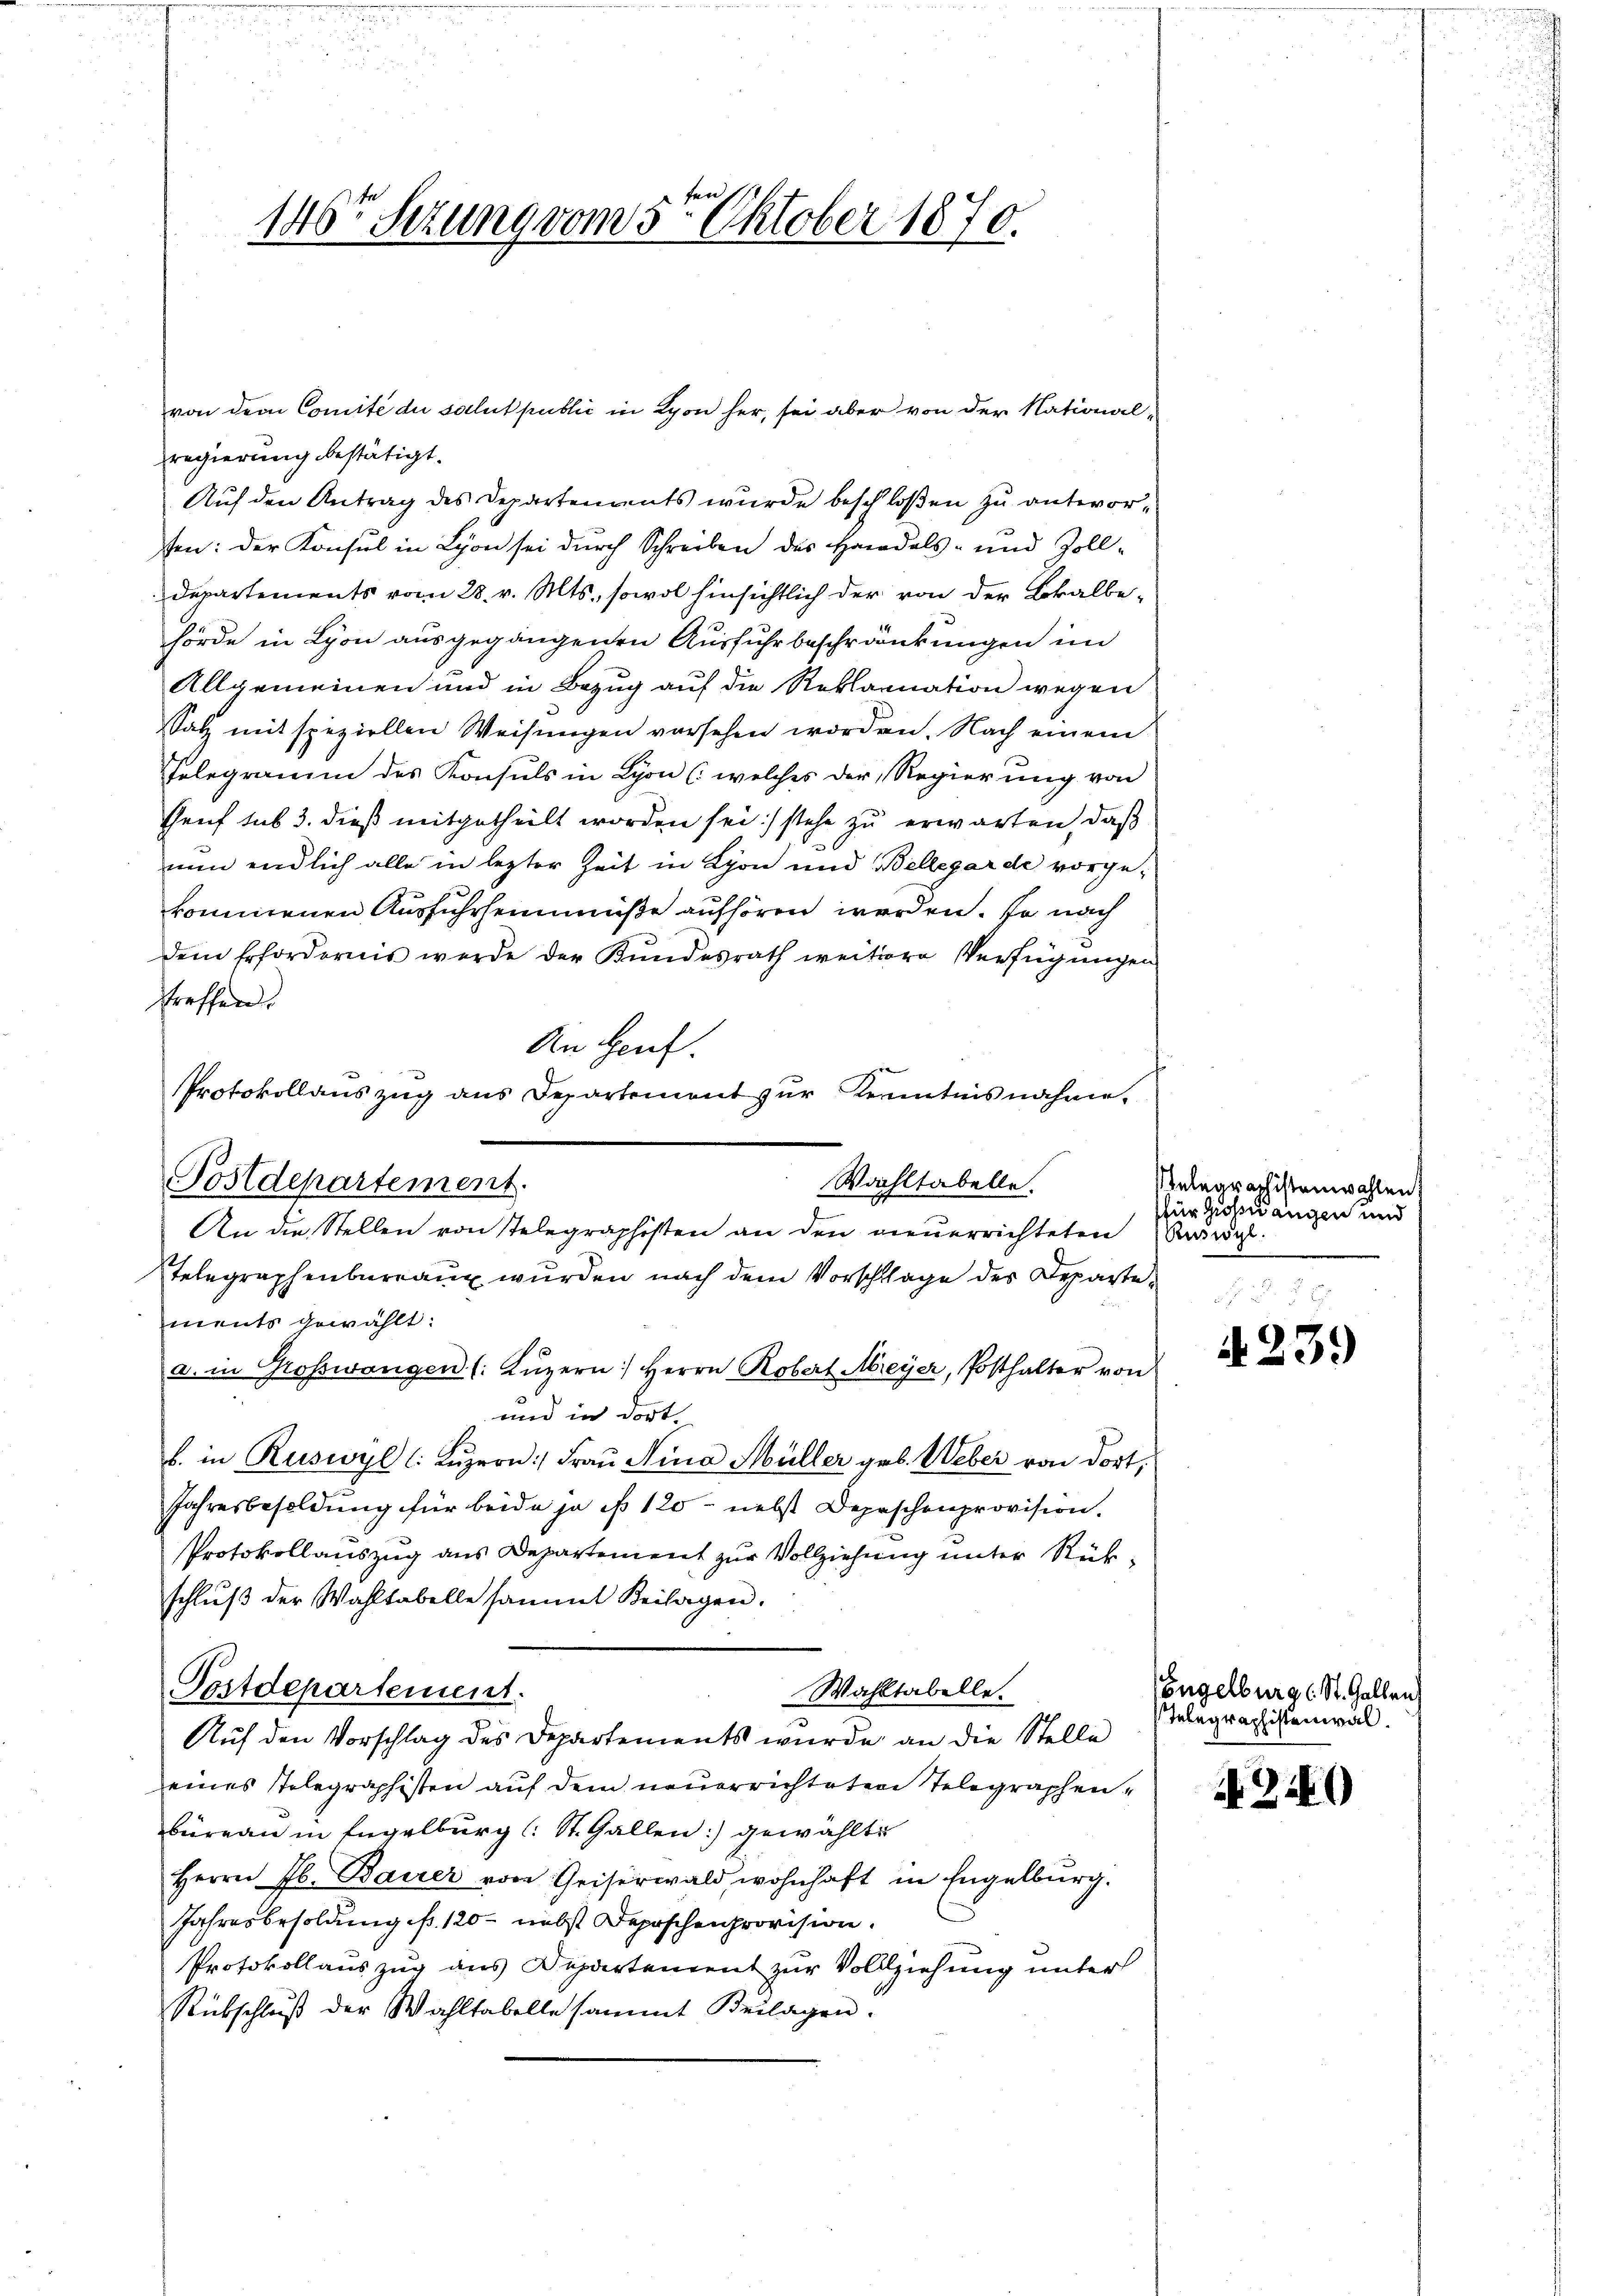
regierung bestätigt.
Auf den Antrag des Departements wurde beschloßen zu antworen: der Konsul in Lyon sei durch Schreiben des Handels- und Zoll¬
Departements vom 28. v. Mts., sowol hinsichtlich der von der Lokalbehörde in Lyon ausgegangenen Ausfuhr beschränkungen im
Allgemeinen und in Bezug auf die Reklamation wegen
Satz mit speziellen Weisungen vorsehen worden. Nach einem
Telegramm des Konsuls in Lyon (welches der Regierung von
Genf sub 3. dieß mitgetheilt worden sei) stehe zu erwarten, daß
nun endlich alle in lezter Zeit in Lyon und Bellegarde vorge-
kommenen Ausfuhrheimmüße aufhören werden. Je nach
dem Erfordernis werde der Kundesrath weitere Verfügungen
treffen.
An Heut
Telegraphenbureaux wurden nach dem Vorschlage des Departements gewählt:
a. in Grosswangen (: Lŭzern) Herrn Robert Meyer, Posthalter von
und in dort
b. in Ruswyl (Luzern: Frau Nina Müller geb. Weber von dort,
Jahresbesoldung für beide ja ist 120 - nebst Depeschenprovision.
Protokollauszug aus Departement zur Vollziehung unter Rükschluß der Wahltabelle sammt Beilagen.
Postdepartement.
Wahltabelle.
Auf den Vorschlag des Departements wurde an die Stelle
eines Telegraphisten auf dem neuerrichteten Telegraphenbüreau in Engelburg (: St. Gallen: gewählte
Herrn Jb. Bauer von Geiserwald wohnhaft in Engelburg.
Jahresbesoldung pr. 120 - nebst Depeschenprovision.
Protokollauszug aus Departement zur Vollziehung unter
Rübschlŭβ der Wahltabelle sammt Beilagen.

Protokollanszŭg ans Departement zŭr Kenntnisnahme.
Wahltabelle.
Postdepartement.
An die Stellen von stelegraphisten an den neuerrichteten Bewegl

fen
146 Sezung vom 5. Oktober 1870.

von dem Comité du solut publić in Lyon her, sei aber von der National¬

Relegraphistenwahlen,
für Giosnangen und

N 239

Engelburg (St. Gallen
Telegraphistenwal

N 240